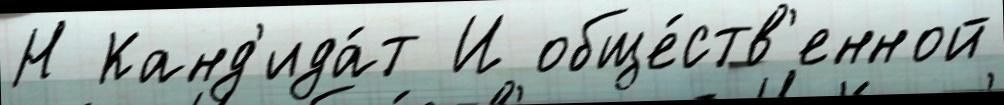
Н Канд'ида́т И обще́ств'енной